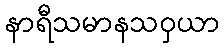
နာရီသမာနသဝှယာ